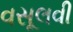
વસૂલવી